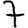
Digit: 7